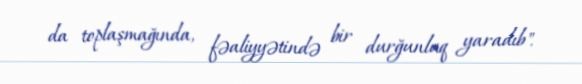
da toplaşmağında, fəaliyyətində bir durğunluq yaradıb".